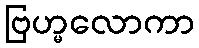
ဗြဟ္မလောကာ